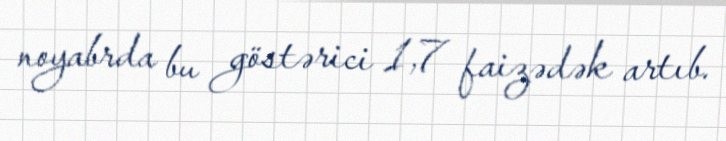
noyabrda bu göstərici 1,7 faizədək artıb.